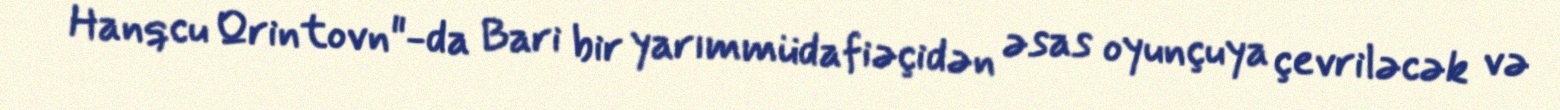
Hanqcu Qrintovn"-da Bari bir yarımmüdafiəçidən əsas oyunçuya çevriləcək və